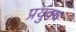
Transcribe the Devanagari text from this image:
प्रयुक्य